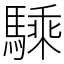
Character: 騬